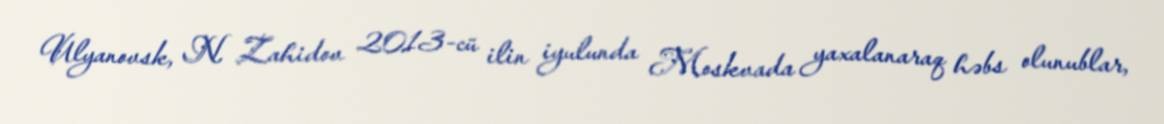
Ulyanovsk, N. Zahidov 2013-cü ilin iyulunda Moskvada yaxalanaraq həbs olunublar,